Annual administration report of the Civil Veterinary Department of India - 1903-1904
Year: 1903
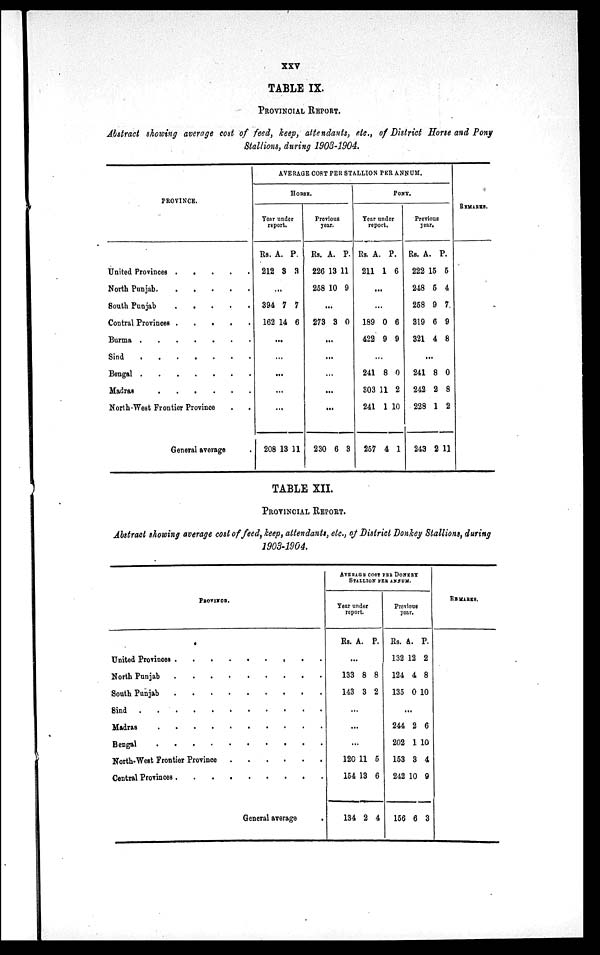
xxv
TABLE IX.
PROVINCIAL REPORT.
Abstract showing average cost of feed, keep, attendants, etc., of District Horse and Pony
Stallions, during 1903-1904.
PROVINCE.
United Provinces . . . . . .
North Punjab
.
.
.
.
.
.
South Punjab
.
.
.
.
.
.
Contral Provinces . . . . . .
Burma
.
.
.
.
.
.
Sind
.
.
.
.
.
.
Bengal
.
.
.
.
.
.
Madras
.
.
.
.
.
.
North-West Frontier Province
.
.
General average .
AVERAGE COST PER STALLION PER ANNUM.
HORSE.
Year under
report.
Rs.
212
A.
8
P.
3
...
394
162
7
14
7
6
...
...
...
...
...
208 13 11
Previous
year.
Rs.
226
258
A.
13
10
P.
11
9
...
273 3 0
...
...
...
...
...
230 6 3
PONY.
Year under
report.
Rs.
211
A.
1
P.
6
...
...
189
422
0
9
6
9
...
241
303
241
257
8
11
1
4
0
2
10
1
Previous
year.
Rs.
222
248
258
319
321
A.
15
5
9
6
4
P.
5
4
7
9
8
...
241
242
228
243
8
2
1
2
0
8
2
11
REMARKS.
TABLE XII.
PROVINCIAL REPORT.
Abstract showing average cost of feed, keep, attendants, etc., of District Donkey Stallions, during
1903-1904.
PROVINCE.
United Provinces
.
.
.
.
.
.
.
.
.
North Punjab
.
.
.
.
.
.
.
.
.
South Punjab
.
.
.
.
.
.
.
.
.
Sind
.
.
.
.
.
.
.
.
.
Madras
.
.
.
.
.
.
.
.
.
Bengal
.
.
.
.
.
.
.
.
.
.
.
.
North-West Frontier Province . . . . . . . .
Central Provinces
.
.
.
.
.
.
.
.
.
General average .
AVERAGE COST PER DONKEY
STALLION PER ANNUM.
Year under
report.
Rs. A. P.
...
133
143
8
3
8
2
...
...
...
120
154
134
11
13
2
5
6
4
Previous
year.
Rs.
132
124
135
A.
12
4
0
P.
2
8
10
...
244
202
153
242
156
2
1
3
10
6
6
10
4
9
3
REMARKS.